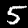
Digit: 5